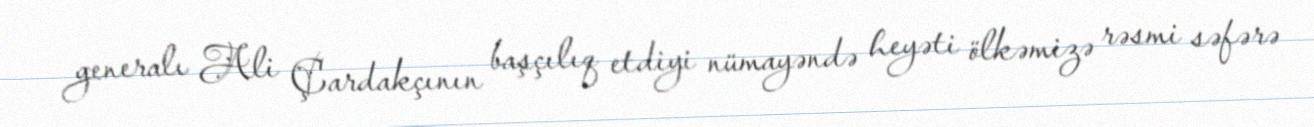
generalı Ali Çardakçının başçılıq etdiyi nümayəndə heyəti ölkəmizə rəsmi səfərə